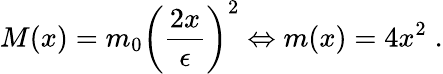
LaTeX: M(x)=m_{0}{\left(\frac{2x}{\epsilon}\right)}^{2}\Leftrightarrow m(x)=4x^{2}\; .